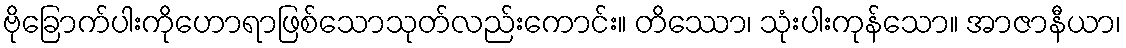
ဗိုခြောက်ပါးကိုဟောရာဖြစ်သောသုတ်လည်းကောင်း။ တိဿော၊ သုံးပါးကုန်သော။ အာဇာနီယာ၊